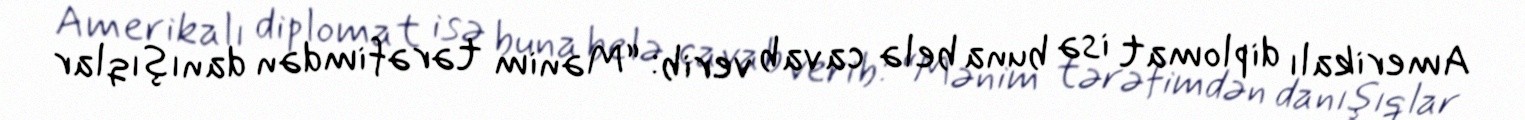
Amerikalı diplomat isə buna belə cavab verib: “Mənim tərəfimdən danışıqlar